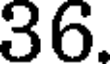
36.